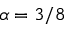
\alpha = 3 / 8